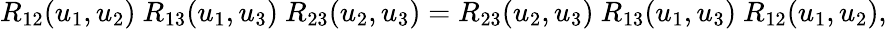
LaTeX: R_{12}(u_{1},u_{2})\ R_{13}(u_{1},u_{3})\ R_{23}(u_{2},u_{3})=R_{23}(u_{2},u_{3})\ R_{13}(u_{1},u_{3})\ R_{12}(u_{1},u_{2}),